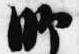
師